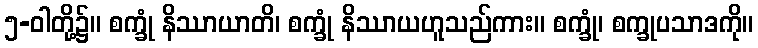
၅-ဝါတို့၌။ စက္ခုံ နိဿာယာတိ၊ စက္ခုံ နိဿာယဟူသည်ကား။ စက္ခုံ၊ စက္ခုပသာဒကို။